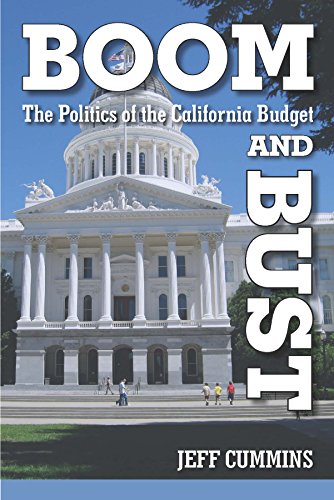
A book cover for Boom and Bust: The Politics of the California Budget; Jeff Cummins; Business & Money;